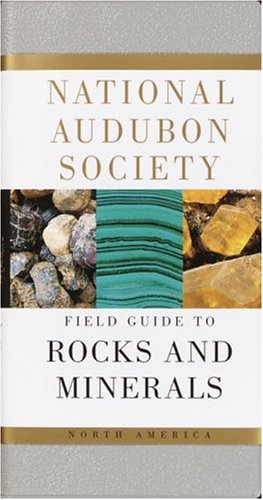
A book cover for National Audubon Society Field Guide to North American Rocks and Minerals (National Audubon Society Field Guides); NATIONAL AUDUBON SOCIETY; Science & Math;